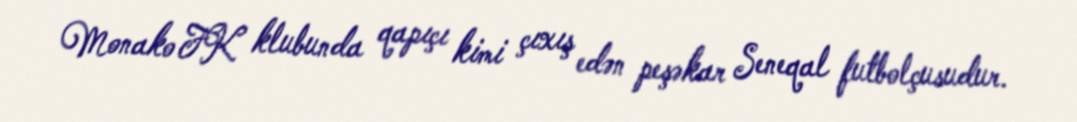
Monako FK klubunda qapıçı kimi çıxış edən peşəkar Seneqal futbolçusudur.